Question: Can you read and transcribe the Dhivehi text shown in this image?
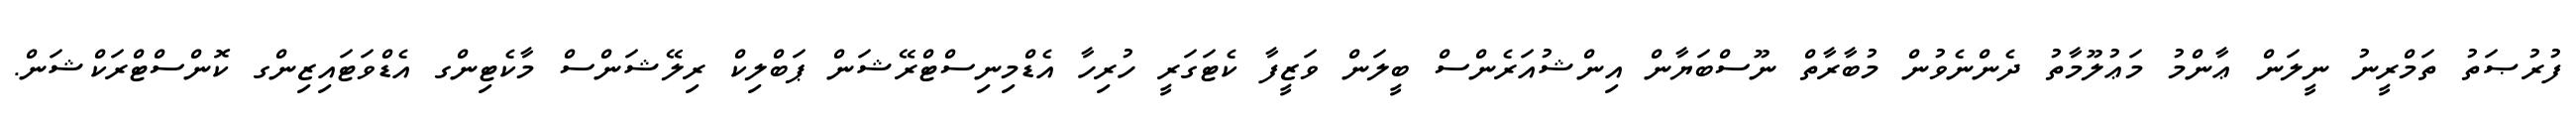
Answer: ފުރުޞަތު ތަމްރީނު ނީލަން ޢާންމު މަޢުލޫމާތު ދެންނެވުން މުބާރާތް ނޫސްބަޔާން އިންޝުއަރެންސް ބީލަން ވަޒީފާ ކެޓަގަރީ ހުރިހާ އެޑްމިނިސްޓްރޭޝަން ޕަބްލިކް ރިލޭޝަންސް މާކެޓިންގ އެޑްވަޓައިޒިންގ ކޮންސްޓްރަކްޝަން.